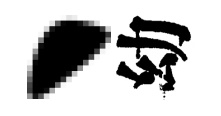
、幼